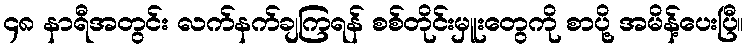
၄၈ နာရီအတွင်း လက်နက်ချကြရန် စစ်တိုင်းမှူးတွေကို စာပို့ အမိန့်ပေးပြီ။